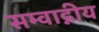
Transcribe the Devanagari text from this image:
सम्वाद्नीय